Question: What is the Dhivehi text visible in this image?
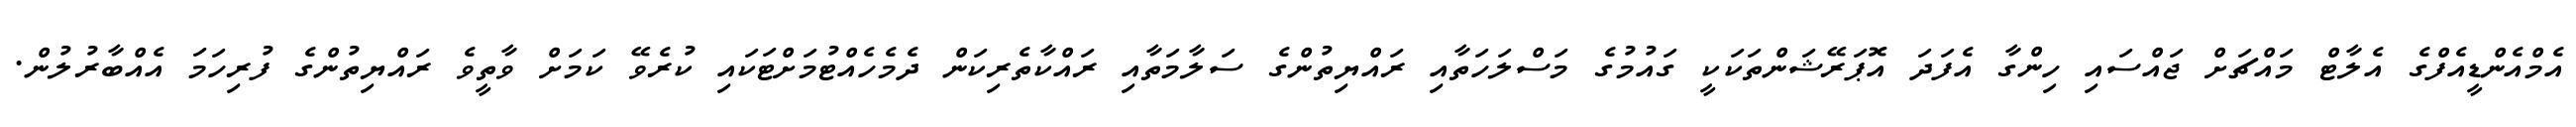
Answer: އެމްއެންޑީއެފްގެ އެލާޓް މައްޗަށް ޖައްސައި ހިންގާ އެފަދަ އޮޕަރޭޝަންތަކަކީ ގައުމުގެ މަސްލަހަތާއި ރައްޔިތުންގެ ސަލާމަތާއި ރައްކާތެރިކަން ދެމެހެއްޓުމަށްޓަކައި ކުރެވޭ ކަމަށް ވާތީވެ ރައްޔިތުންގެ ފުރިހަމަ އެއްބާރުލުން.